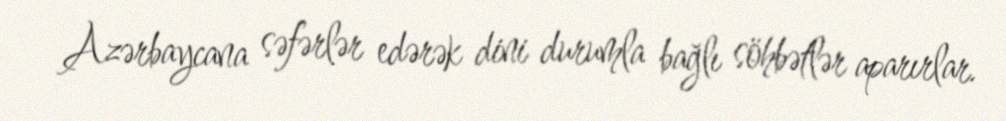
Azərbaycana səfərlər edərək dini durumla bağlı söhbətlər aparırlar.